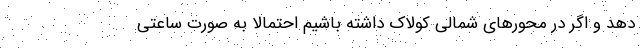
دهد و اگر در محورهای شمالی کولاک داشته باشیم احتمالا به صورت ساعتی